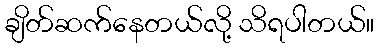
ချိတ်ဆက်နေတယ်လို့ သိရပါတယ်။